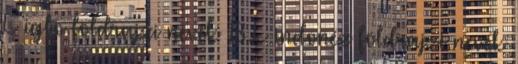
L igbo földrajzi nevek‎ 13 L indonéz földrajzi nevek‎